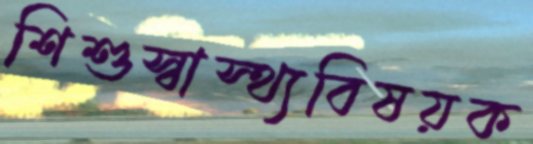
শিশুস্বাস্থ্যবিষয়ক